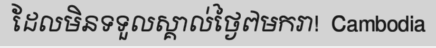
ដែលមិនទទួលស្គាល់ថ្ងៃ៧មករា!  Cambodia